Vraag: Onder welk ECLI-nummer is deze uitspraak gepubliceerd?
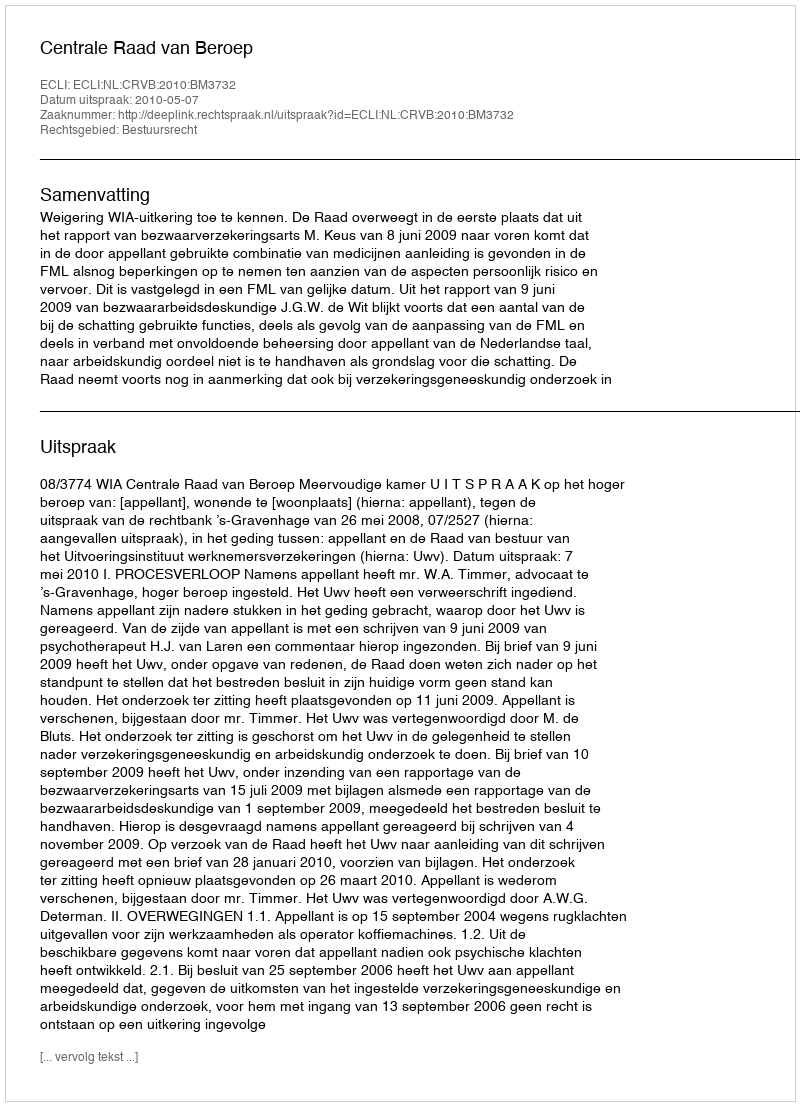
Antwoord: ECLI:NL:CRVB:2010:BM3732